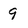
Character: 9